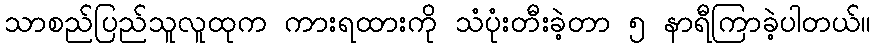
သာစည်ပြည်သူလူထုက ကားရထားကို သံပုံးတီးခဲ့တာ ၅ နာရီကြာခဲ့ပါတယ်။